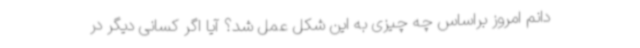
دانم امروز براساس چه چیزی به این شکل عمل شد؟ آیا اگر کسانی دیگر در